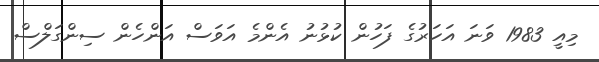
މިއީ 1983 ވަނަ އަހަރުގެ ފަހުން ކުޅުނު އެންމެ އަވަސް އަންހެން ސިންގަލްސް